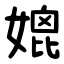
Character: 媲